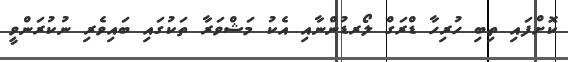
ކޮށްފައި ތިބި ހުރިހާ ޑްރަގް ލޯރޑުންނާއި އެކު މަޝްވަރާ ތަކުގައި ބައިވެރި ނުކުރަންވީ